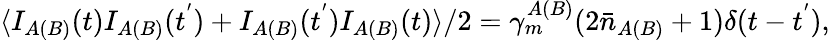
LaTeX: \langle I_{A(B)}(t)I_{A(B)}(t^{'})+I_{A(B)}(t^{'})I_{A(B)}(t)\rangle/2=\gamma_{m}^{A(B)}(2\bar{n}_{A(B)}+1)\delta(t-t^{'}),